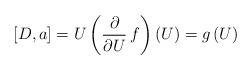
LaTeX: \begin{align*}[D,a] = U \left( \frac{\partial}{\partial U} \, f \right) (U) = g \, (U) \end{align*}